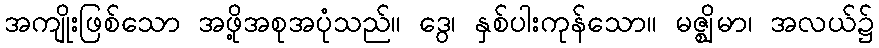
အကျိုးဖြစ်သော အဖို့အစုအပုံသည်။ ဒွေ၊ နှစ်ပါးကုန်သော။ မဇ္ဈိမာ၊ အလယ်၌